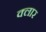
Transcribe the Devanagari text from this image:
क्लार